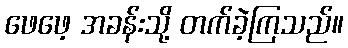
ဖေဖေ့ အခန်းသို့ တက်ခဲ့ကြသည်။